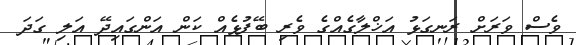
ވެސް ވަރަށް ރަނގަޅު އަޚްލާގެއްގެ ވެރި ބޭފުޅެއް ކަން އަންގައިދޭ އަލި ގަދަ